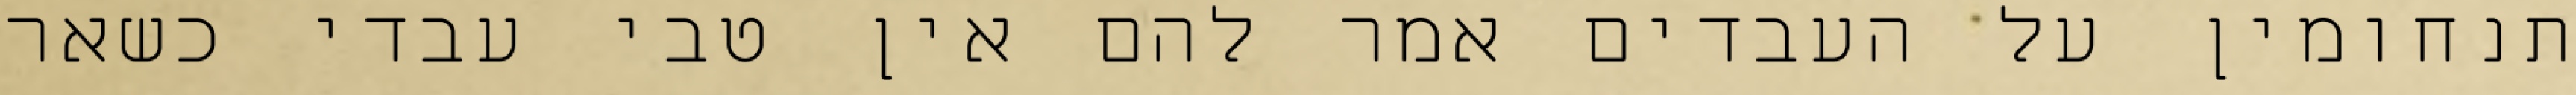
תנחומין על העבדים אמר להם אין טבי עבדי כשאר